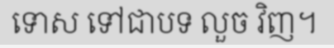
ទោស ទៅជាបទ លួច វិញ។